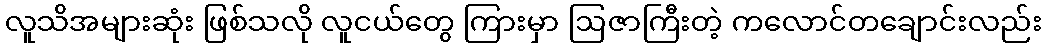
လူသိအများဆုံး ဖြစ်သလို လူငယ်တွေ ကြားမှာ ဩဇာကြီးတဲ့ ကလောင်တချောင်းလည်း